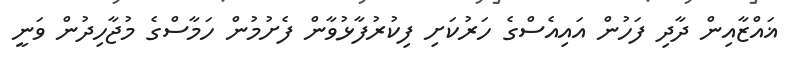
ޣައްޒާއިން ދާދި ފަހުން އައިއެސްގެ ހަރުކަށި ފިކުރުފާޅުވާން ފެށުމުން ހަމާސްގެ މުޖާހިދުން ވަނީ